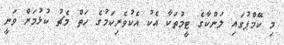
މި ކޭމްޕުގައި ލަންކާގެ ޓީމުތަކާ އެކު އެކުވެރިކަމުގެ ހަތް މެޗު ކުޅުމަށް ވަނީ